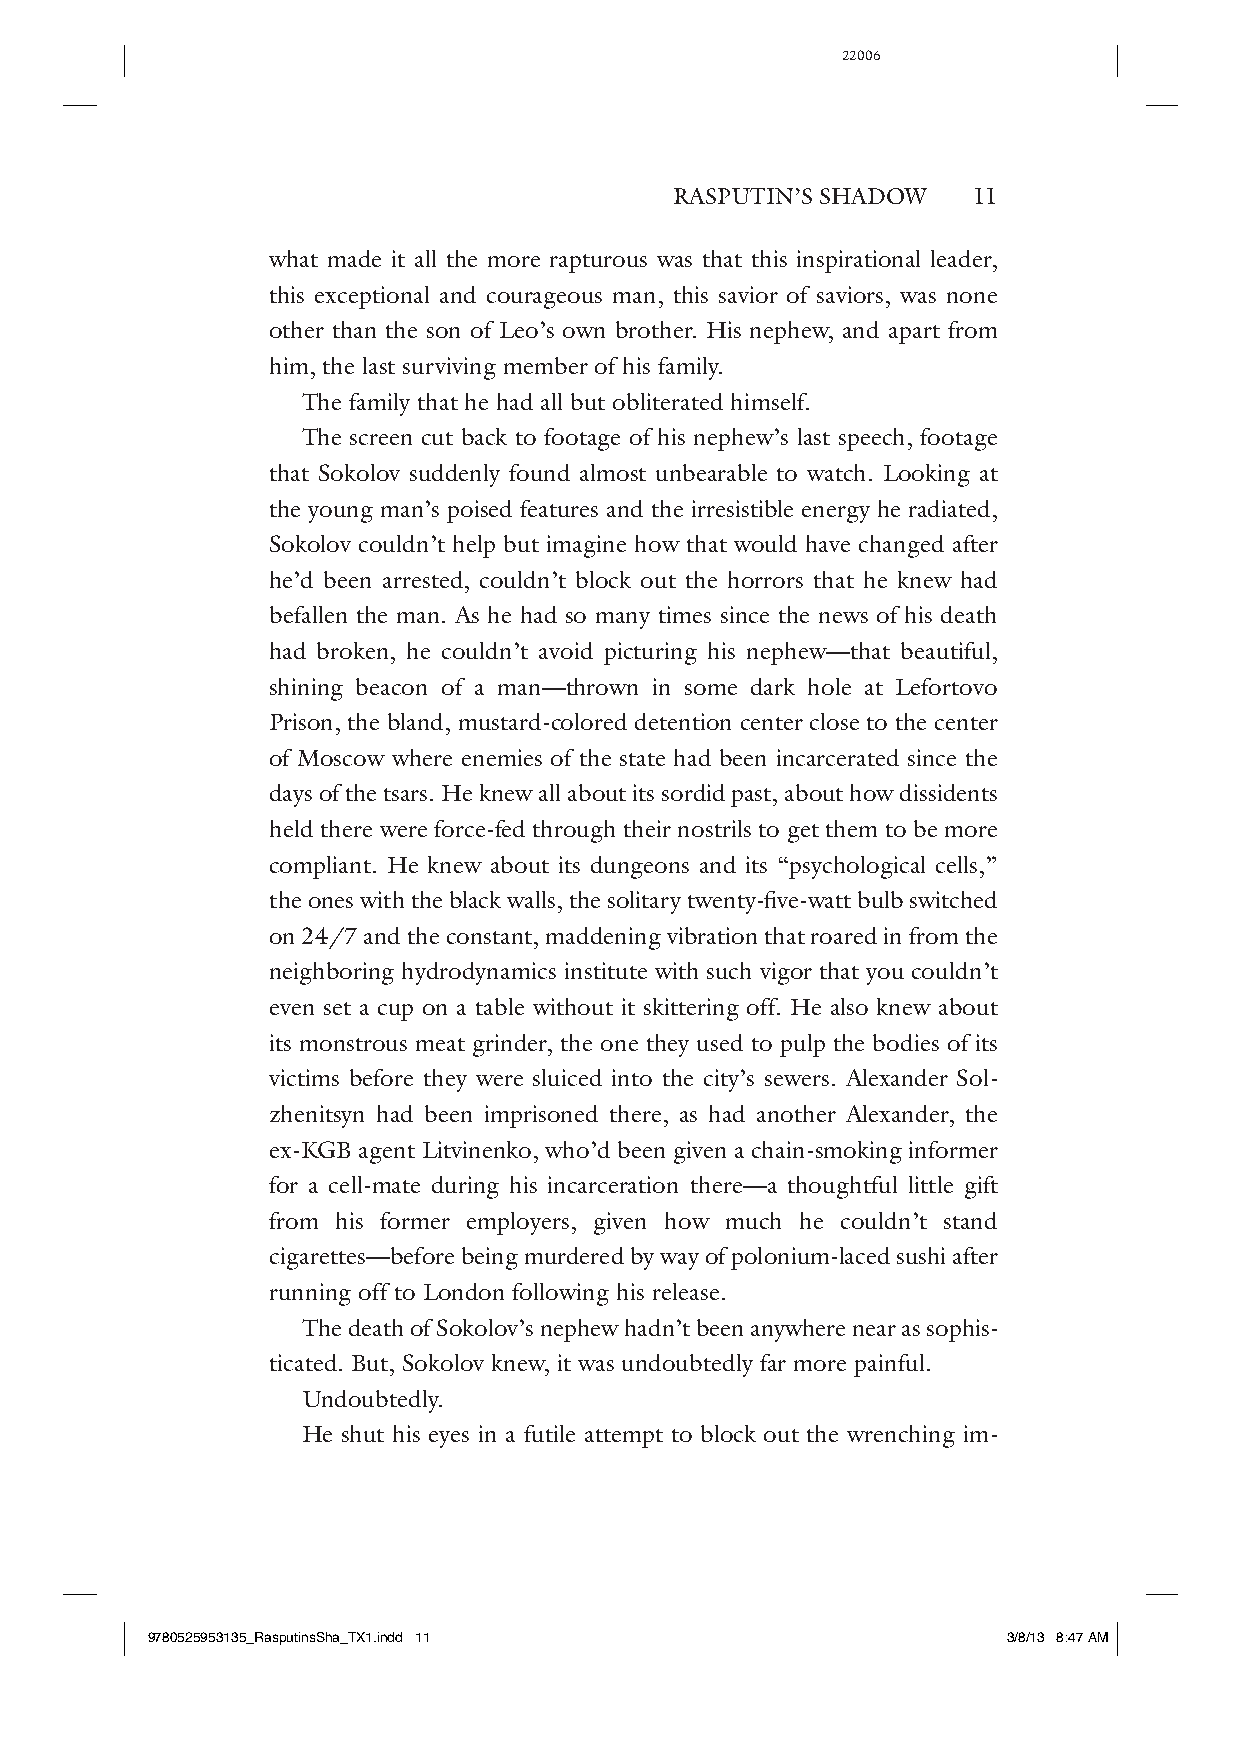
22006
 RASPUTIN’S SHADOW  11
 what made it all the more rapturous was that this inspirational leader,
 this exceptional and courageous man, this savior of saviors, was none
 other than the son of Leo’s own brother. His nephew, and apart from
 him, the last surviving member of his family.
 The family that he had all but obliterated himself.
 The screen cut back to footage of his nephew’s last speech, footage
 that Sokolov suddenly found almost unbearable to watch. Looking at
 the young man’s poised features and the irresistible energy he radiated,
 Sokolov couldn’t help but imagine how that would have changed after
 he’d been arrested, couldn’t block out the horrors that he knew had
 befallen the man. As he had so many times since the news of his death
 had broken, he couldn’t avoid picturing his nephew—t hat beautiful,
 shining beacon of a man—t hrown in some dark hole at Lefortovo
 Prison, the bland, mustard-c olored detention center close to the center
 of Moscow where enemies of the state had been incarcerated since the
 days of the tsars. He knew all about its sordid past, about how dissidents
 held there were force- fed through their nostrils to get them to be more
 compliant. He knew about its dungeons and its “psychological cells,”
 the ones with the black walls, the solitary twenty-fi ve-w att bulb switched
 on 24/7 and the constant, maddening vibration that roared in from the
 neighboring hydrodynamics institute with such vigor that you couldn’t
 even set a cup on a table without it skittering off. He also knew about
 its monstrous meat grinder, the one they used to pulp the bodies of its
 victims before they were sluiced into the city’s sewers. Alexander Sol-
 zhenitsyn had been imprisoned there, as had another Alexander, the
 ex- KGB agent Litvinenko, who’d been given a chain-s moking informer
 for a cell- mate during his incarceration there— a thoughtful little gift
 from his former employers, given how much he couldn’t stand
 cigarettes—b efore being murdered by way of polonium-l aced sushi after
 running off to London following his release.
 The death of Sokolov’s nephew hadn’t been anywhere near as sophis-
 ticated. But, Sokolov knew, it was undoubtedly far more painful.
 Undoubtedly.
 He shut his eyes in a futile attempt to block out the wrenching im-
 9780525953135_RasputinsSha_TX1.indd 11                   3/8/13 8:47 AM